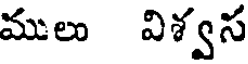
ములు విశ్వస